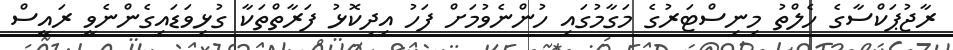
ރާޖުޕަކްސާގެ ހެލްތު މިނިސްޓަރުގެ މަގާމުގައި ހުންނެވުމަށް ފަހު އިދިކޮޅު ފަރާތްތަކާ ގުޅިވަޑައިގެންނެވީ ރައީސް